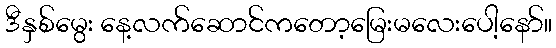
ဒီနှစ်မွေး နေ့လက်ဆောင်ကတော့မြေးမလေးပေါ့နော်။